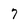
Character: 7